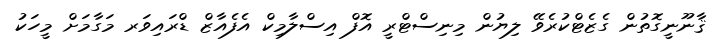
ޤާނޫނީގޮތުން ގެޒެޓްކުރެވޭ ލިޔުން މިނިސްޓްރީ އޮފް އިސްލާމިކް އެފެއާޒް ޑްރައިވަރ މަގާމަށް މީހަކު